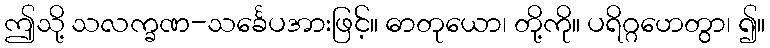
ဤသို့ သလက္ခဏ-သင်္ခေပအားဖြင့်။ ဓာတုယော၊ တို့ကို။ ပရိဂ္ဂဟေတွာ၊ ၍။